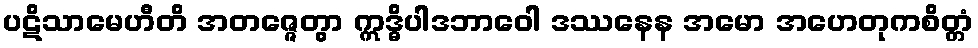
ပဋိသာမေဟီတိ အတဇ္ဇေတွာ ဣဒ္ဓိပါဒဘာဝေါ ဒဿနေန အမော အဟေတုကစိတ္တံ